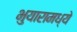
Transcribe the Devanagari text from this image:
भुयारामध्ये